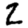
Digit: 2